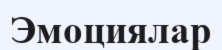
Эмоциялар